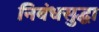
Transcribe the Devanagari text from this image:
निबंधसुद्धा